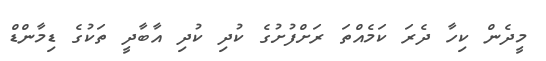
މީދެން ކިހާ ދެރަ ކަމެއްތަ ރަށްފުށުގެ ކުދި ކުދި އާބާދީ ތަކުގެ ޑިމާންޑް